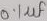
Text: 0.1µf